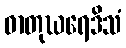
ဓာတုဃရေဒိသံ